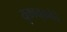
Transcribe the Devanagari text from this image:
युक्तायुक्ततेचे